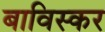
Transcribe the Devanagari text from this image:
बाविस्कर